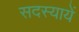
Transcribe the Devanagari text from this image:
सदस्यायें